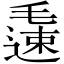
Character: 𨖧